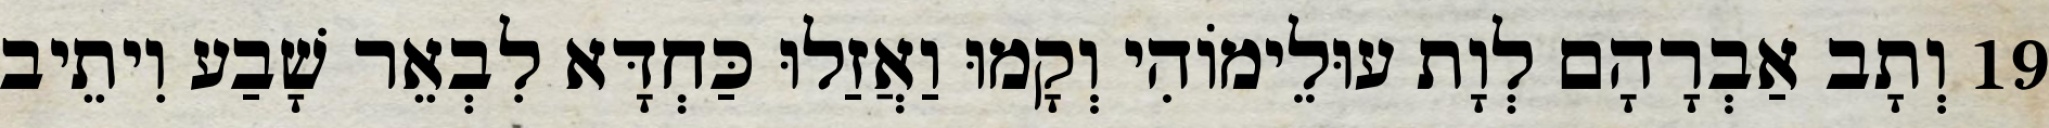
19 וְתָב אַבְרָהָם לְוָת עוּלֵימוֹהִי וְקָמוּ וַאֲזַלוּ כַּחְדָּא לִבְאֵר שָׁבַע וִיתֵיב